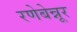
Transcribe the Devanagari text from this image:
रणेबेन्नूर